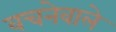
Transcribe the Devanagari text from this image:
वचनेवाले